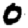
Digit: 0